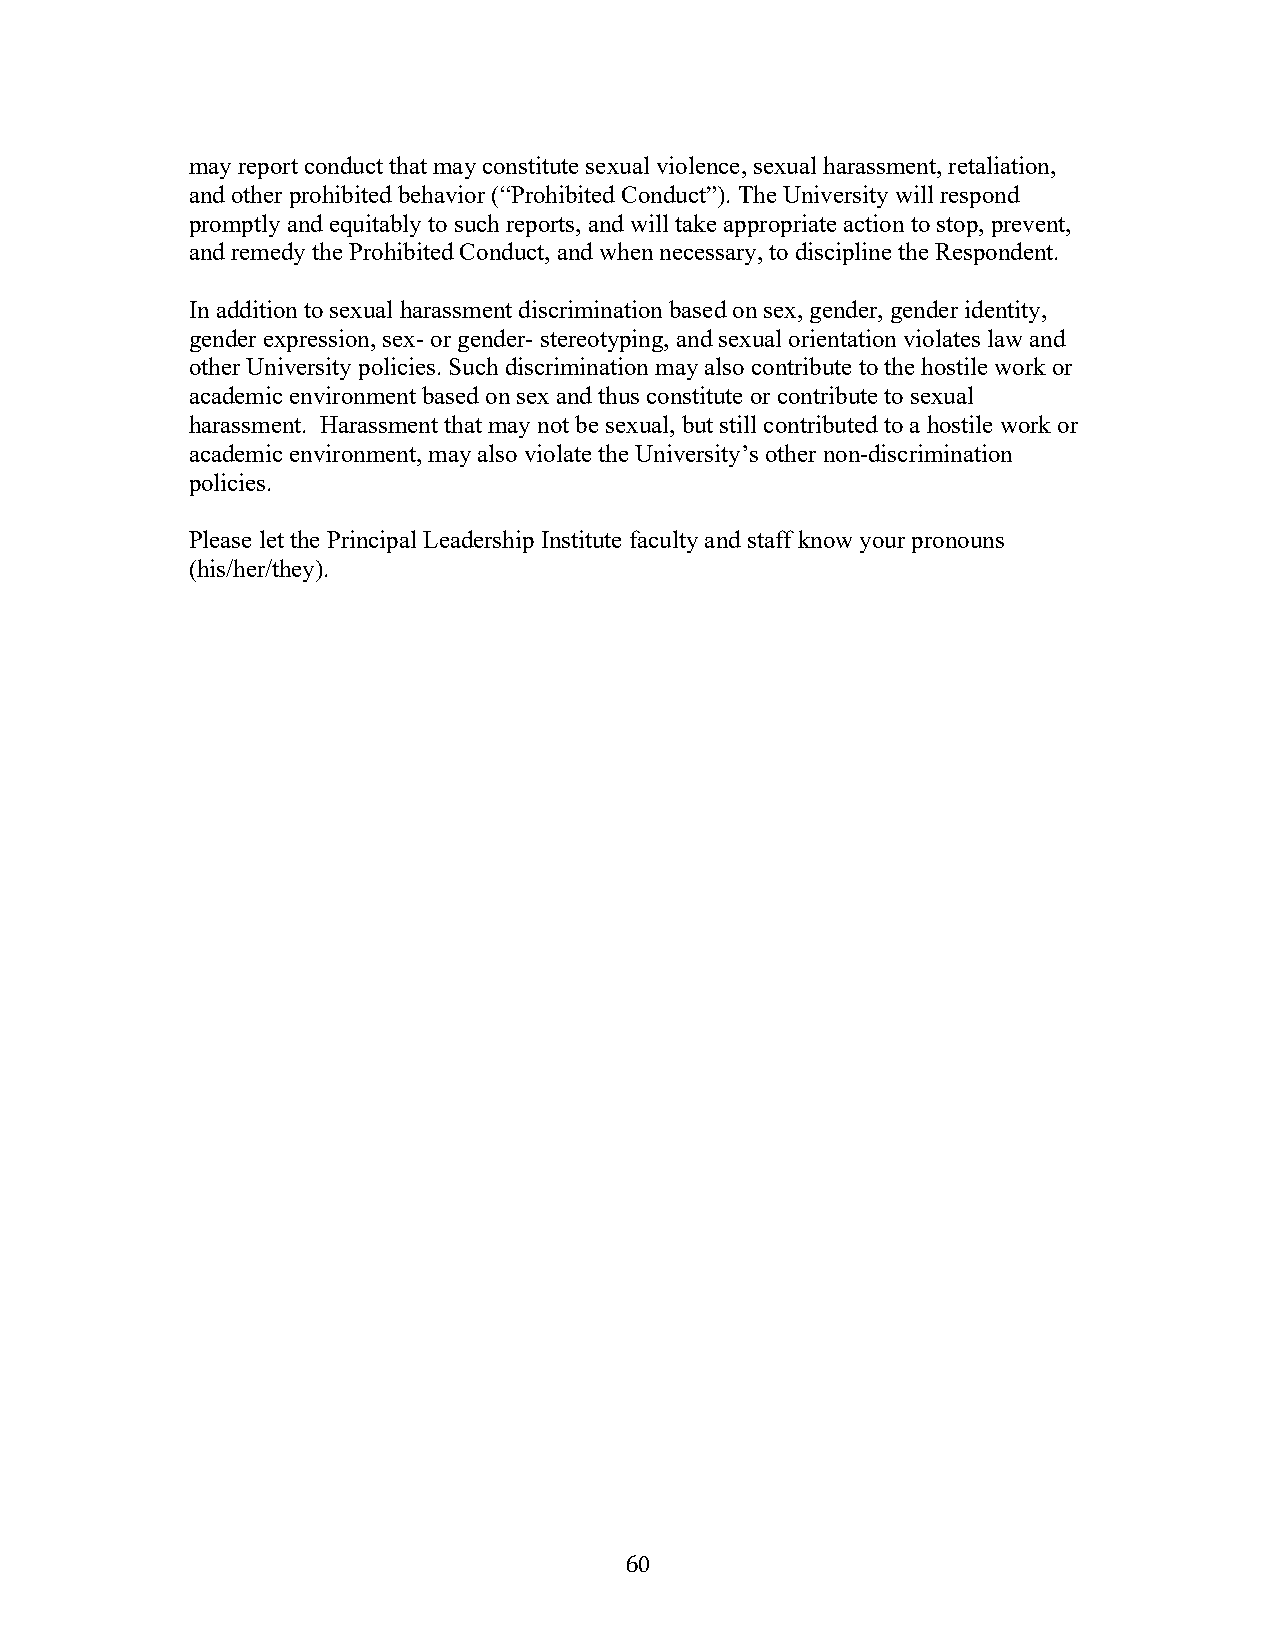
may report conduct that may constitute sexual violence, sexual harassment, retaliation,
 and other prohibited behavior (“Prohibited Conduct”). The University will respond
 promptly and equitably to such reports, and will take appropriate action to stop, prevent,
 and remedy the Prohibited Conduct, and when necessary, to discipline the Respondent.
 In addition to sexual harassment discrimination based on sex, gender, gender identity,
 gender expression, sex- or gender- stereotyping, and sexual orientation violates law and
 other University policies. Such discrimination may also contribute to the hostile work or
 academic environment based on sex and thus constitute or contribute to sexual
 harassment. Harassment that may not be sexual, but still contributed to a hostile work or
 academic environment, may also violate the University’s other non-discrimination
 policies.
 Please let the Principal Leadership Institute faculty and staff know your pronouns
 (his/her/they).
 60